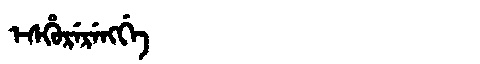
Manchu: ᡝᠰᡥᡠᡵᡝᡵᡝᠩᡤᡝ
Romanization: ESHURERENGGE